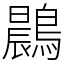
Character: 鷐